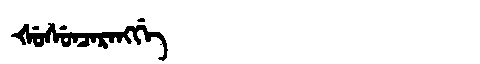
Manchu: ᡧᡠᠰᡠᠨᠴᠠᡵᠠᠩᡤᡝ
Romanization: ŠUSUNCARANGGE